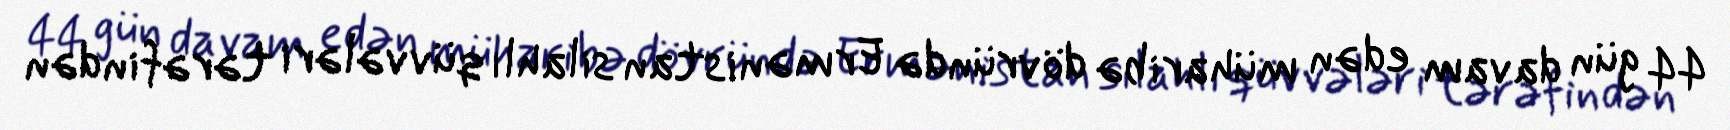
44 gün davam edən müharibə dövründə Ermənistan silahlı qüvvələri tərəfindən